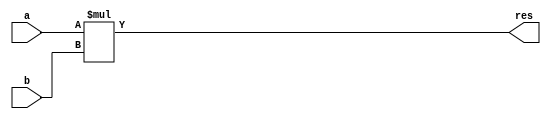
`timescale 1ns / 1ps
module mult(a,b,res);
  input [1:0]a;
 input [1:0] b;
  output [3:0] res;
assign res = a*b; 
  
endmodule